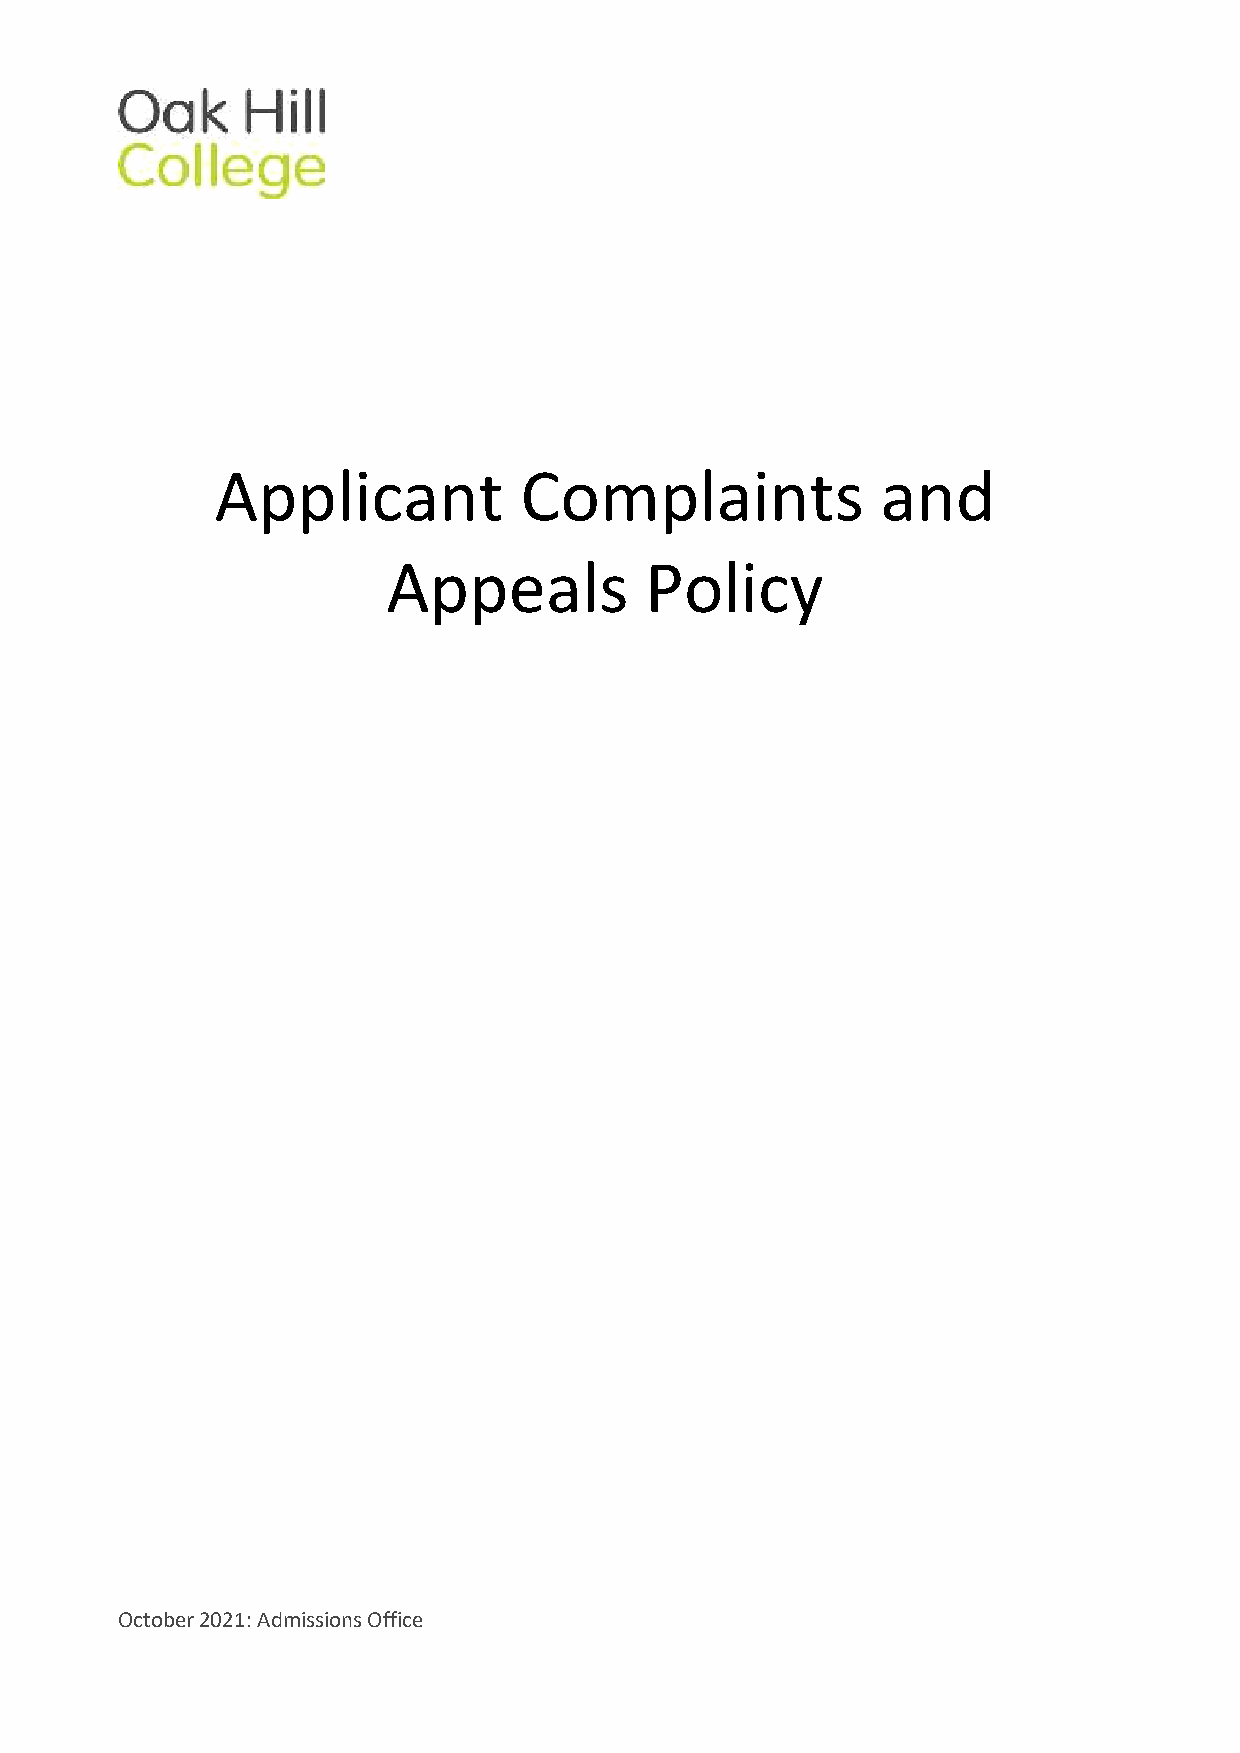
Applicant           Complaints              and
 Appeals          Policy
 October 2021: Admissions Office